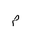
Letter: _mim